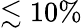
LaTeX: \lesssim 10\%